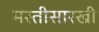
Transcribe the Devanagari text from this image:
मस्तीसारखी